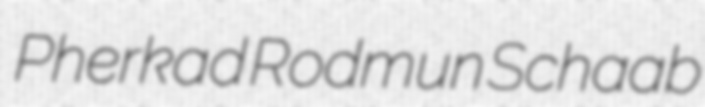
Pherkad Rodmun Schaab